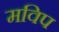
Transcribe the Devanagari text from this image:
मविप